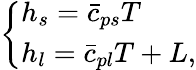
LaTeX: \left\{ \begin{array}{l}{h_{s}=\bar{c}_{ps}T}\\ {h_{l}=\bar{c}_{pl}T+L,}\end{array}\right.